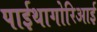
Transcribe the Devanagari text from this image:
पाईथागोरिआई